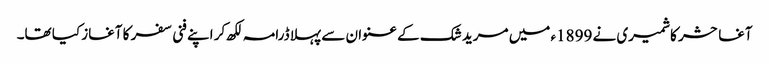
آغا حشر کاشمیری نے 1899ء میں مرید شک کے عنوان سے پہلا ڈرامہ لکھ کر اپنے فنی سفر کا آغاز کیا تھا۔